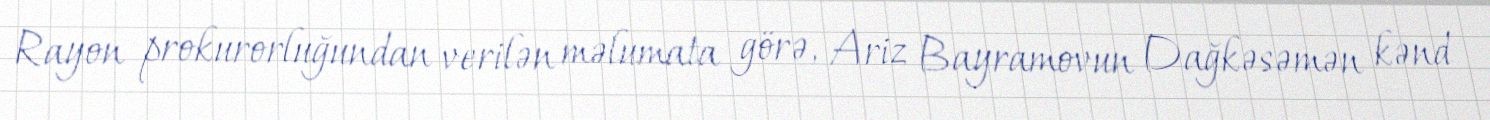
Rayon prokurorluğundan verilən məlumata görə, Ariz Bayramovun Dağkəsəmən kənd